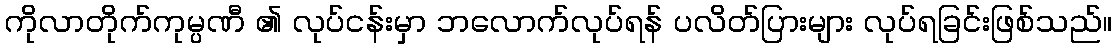
ကိုလာတိုက်ကုမ္ပဏီ ၏ လုပ်ငန်းမှာ ဘလောက်လုပ်ရန် ပလိတ်ပြားများ လုပ်ရခြင်းဖြစ်သည်။